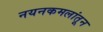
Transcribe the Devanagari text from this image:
नयनकमलांतून